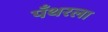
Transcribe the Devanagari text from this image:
पँथरला